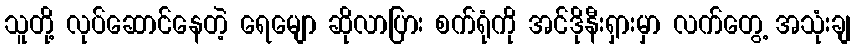
သူတို့ လုပ်ဆောင်နေတဲ့ ရေမျော ဆိုလာပြား စက်ရုံကို အင်ဒိုနီးရှားမှာ လက်တွေ့ အသုံးချ